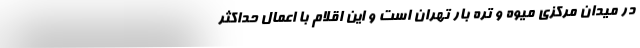
در میدان مرکزی میوه و تره بار تهران است و این اقلام با اعمال حداکثر